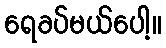
ရေခပ်မယ်ပေါ့။